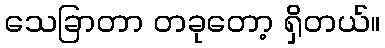
သေခြာတာ တခုတော့ ရှိတယ်။